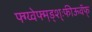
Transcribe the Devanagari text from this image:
फ्ग्य्वेफ्म़ड्श़़्ःफीऊवॅफ्